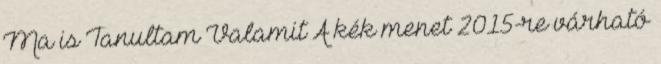
Ma is Tanultam Valamit A kék menet 2015-re várható